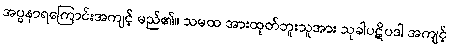
အပ္ပနာရကြောင်းအကျင့် မည်၏။ သမထ အားထုတ်ဘူးသူအား သုခါပဋိပဒါ အကျင့်